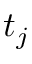
t _ { j }